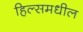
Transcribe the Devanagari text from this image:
हिल्समधील